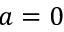
a = 0